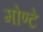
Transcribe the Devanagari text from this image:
मोण्टे